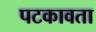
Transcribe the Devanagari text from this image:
पटकावता